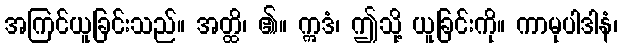
အကြင်ယူခြင်းသည်။ အတ္ထိ၊ ၏။ ဣဒံ၊ ဤသို့ ယူခြင်းကို။ ကာမုပါဒါနံ၊